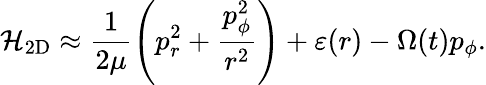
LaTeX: {\cal H}_{\mathrm{2D}}\approx\frac{1}{2\mu}\left(p_{r}^{2}+\frac{p_{\phi}^{2}}{r^{2}}\right)+\varepsilon(r)-\Omega(t)p_{\phi}.